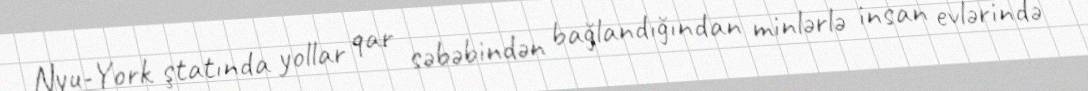
Nyu-York ştatında yollar qar səbəbindən bağlandığından minlərlə insan evlərində